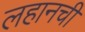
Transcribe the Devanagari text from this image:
लहानची